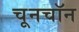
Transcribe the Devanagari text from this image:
चूनचॉन